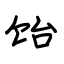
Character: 饴